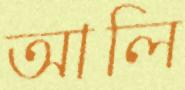
আলি